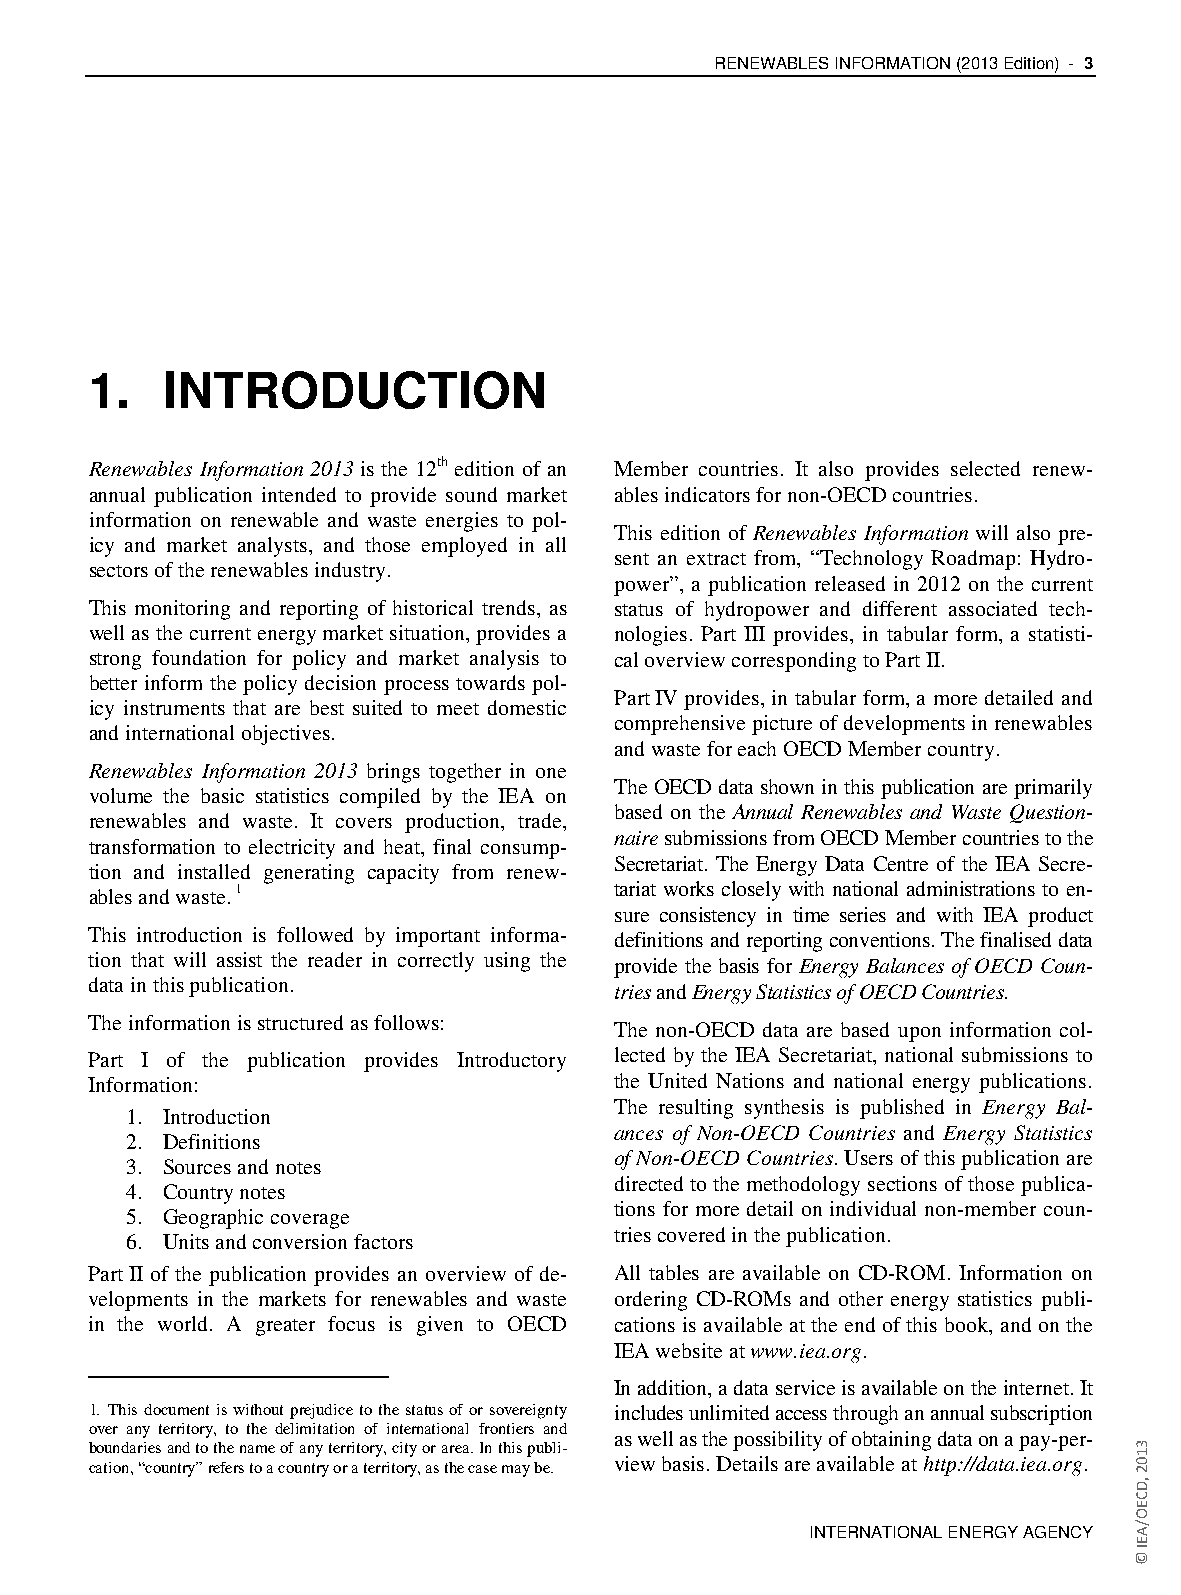
RENEWABLES INFORMATION (2013 Edition) - 3
 1.   INTRODUCTION
 Renewables Information 2013 is the 12th edition of an Member countries. It also provides selected renew-
 annual publication intended to provide sound market ables indicators for non-OECD countries.
 information on renewable and waste energies to pol-
 This edition of Renewables Information will also pre-
 icy and market analysts, and those employed in all
 sent an extract from, “Technology Roadmap: Hydro-
 sectors of the renewables industry.
 power”, a publication released in 2012 on the current
 This monitoring and reporting of historical trends, as status of hydropower and different associated tech-
 well as the current energy market situation, provides a nologies. Part III provides, in tabular form, a statisti-
 strong foundation for policy and market analysis to cal overview corresponding to Part II.
 better inform the policy decision process towards pol-
 Part IV provides, in tabular form, a more detailed and
 icy instruments that are best suited to meet domestic
 comprehensive picture of developments in renewables
 and international objectives.
 and waste for each OECD Member country.
 Renewables Information 2013 brings together in one
 The OECD data shown in this publication are primarily
 volume the basic statistics compiled by the IEA on
 based on the Annual Renewables and Waste Question-
 renewables and waste. It covers production, trade,
 naire submissions from OECD Member countries to the
 transformation to electricity and heat, final consump-
 Secretariat. The Energy Data Centre of the IEA Secre-
 tion and installed generating capacity from renew-
 ables and waste. 1                 tariat works closely with national administrations to en-
 sure consistency in time series and with IEA product
 This introduction is followed by important informa- definitions and reporting conventions. The finalised data
 tion that will assist the reader in correctly using the
 provide the basis for Energy Balances of OECD Coun-
 data in this publication.
 tries and Energy Statistics of OECD Countries.
 The information is structured as follows:
 The non-OECD data are based upon information col-
 Part I of the publication provides Introductory lected by the IEA Secretariat, national submissions to
 Information:                       the United Nations and national energy publications.
 The resulting synthesis is published in Energy Bal-
 1. Introduction
 ances of Non-OECD Countries and Energy Statistics
 2. Definitions
 of Non-OECD Countries. Users of this publication are
 3. Sources and notes
 directed to the methodology sections of those publica-
 4. Country notes
 tions for more detail on individual non-member coun-
 5. Geographic coverage
 tries covered in the publication.
 6. Units and conversion factors
 Part II of the publication provides an overview of de- All tables are available on CD-ROM. Information on
 velopments in the markets for renewables and waste ordering CD-ROMs and other energy statistics publi-
 in the world. A greater focus is given to OECD cations is available at the end of this book, and on the
 IEA website at www.iea.org.
 In addition, a data service is available on the internet. It
 1. This document is without prejudice to the status of or sovereignty includes unlimited access through an annual subscription
 over any territory, to the delimitation of international frontiers and
 as well as the possibility of obtaining data on a pay-per-
 boundaries and to the name of any territory, city or area. In this publi-
 cation, “country” refers to a country or a territory, as the case may be. view basis. Details are available at http://data.iea.org.
 INTERNATIONAL ENERGY AGENCY
 3102
 ,DCEO/AEI
 ©